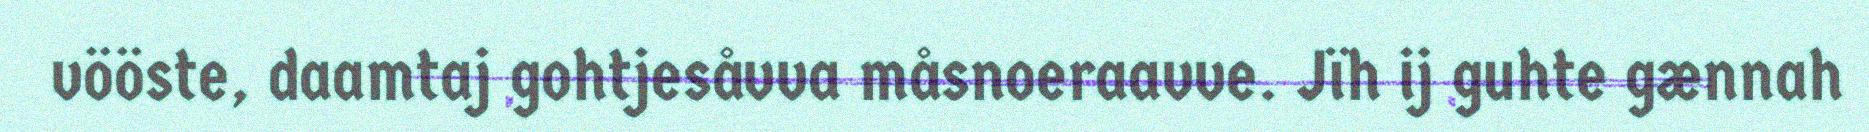
vööste, daamtaj gohtjesåvva måsnoeraavve. Jïh ij guhte gænnah